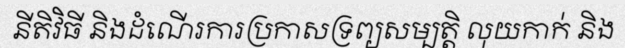
នីតិវិធី និងដំណើរការប្រកាសទ្រព្យសម្បត្តិ លុយកាក់ និង